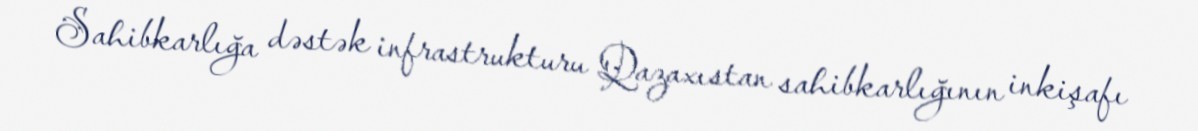
Sahibkarlığa dəstək infrastrukturu Qazaxıstan sahibkarlığının inkişafı